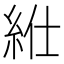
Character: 𥿥